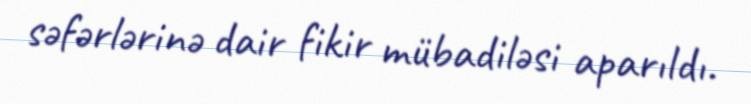
səfərlərinə dair fikir mübadiləsi aparıldı.